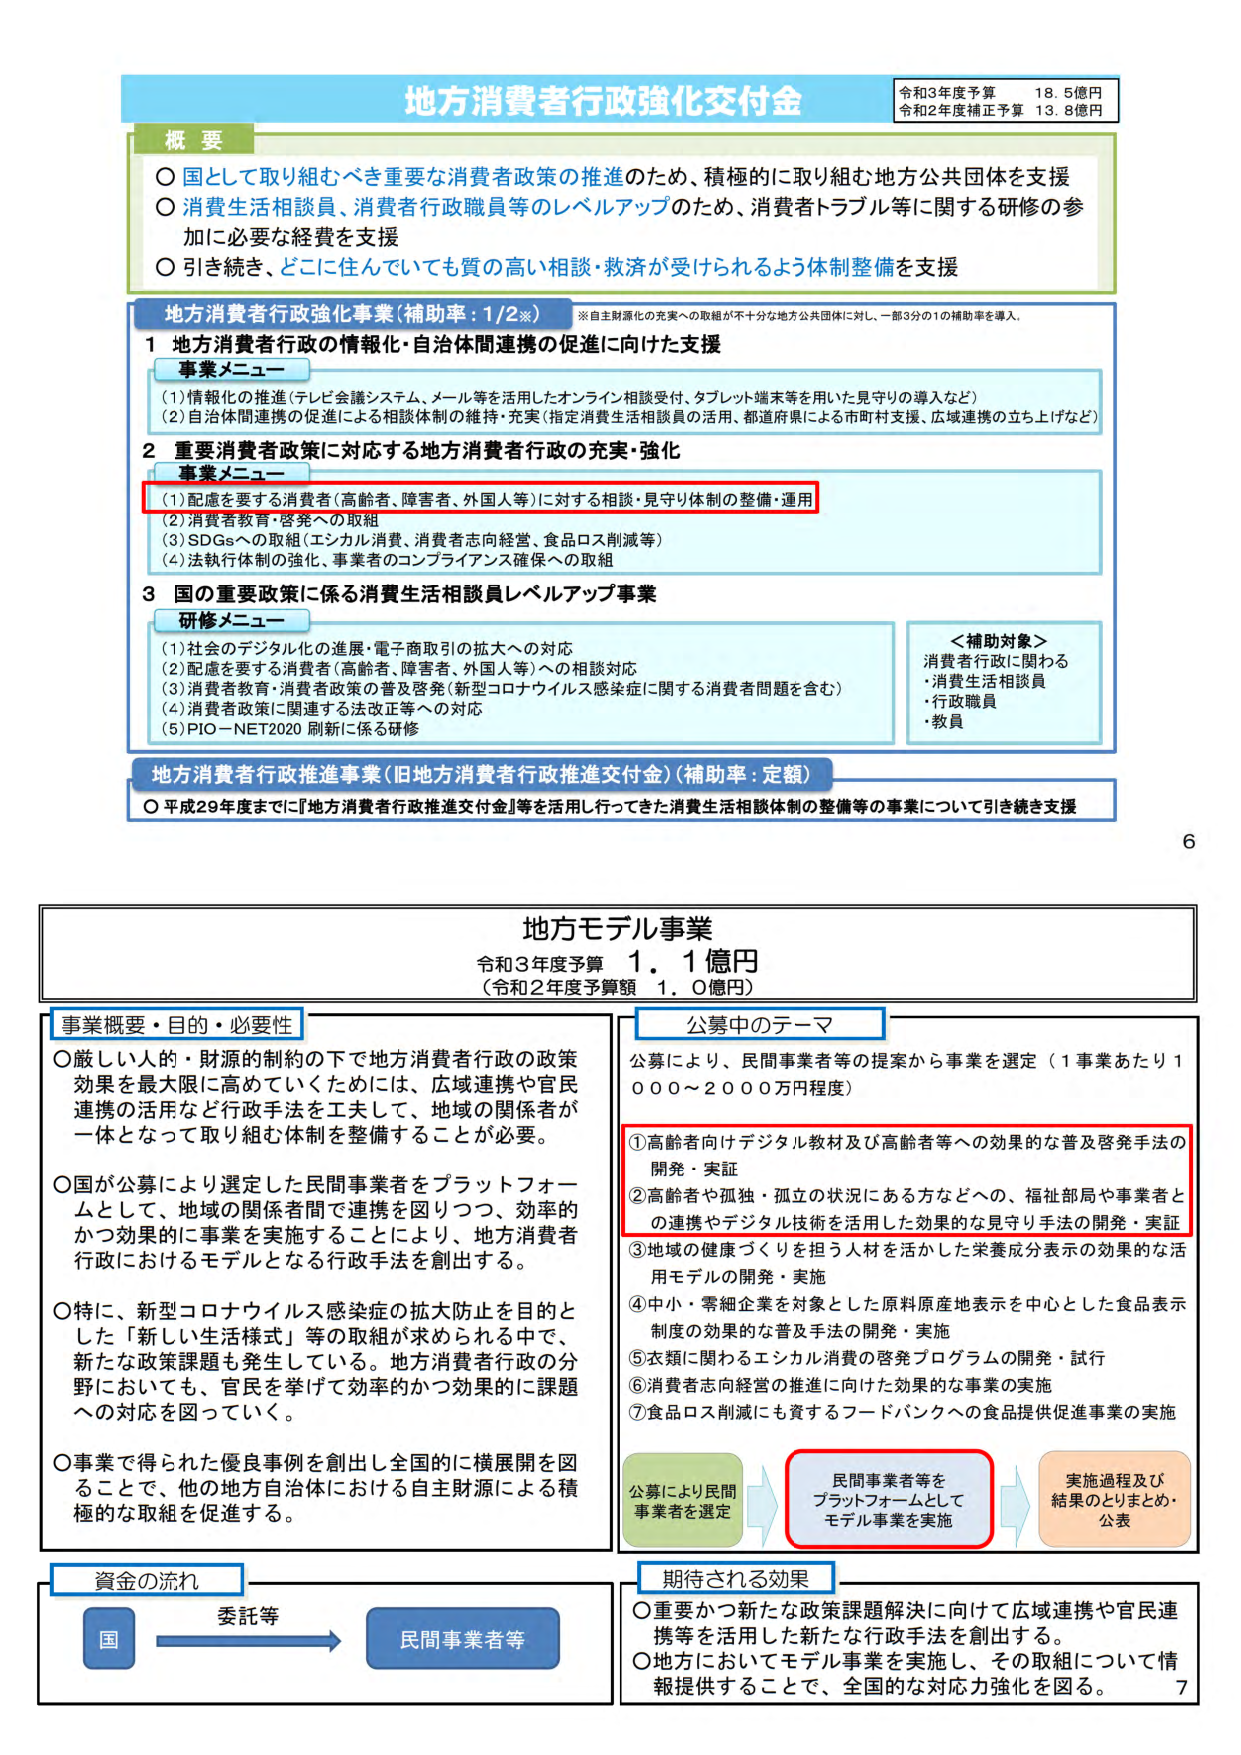
地方消費者行政強化交付金
令和3年度予算 18.5億円
令和2年度補正予算 13.8億円

概要
○国として取り組むべき重要な消費者政策の推進のため、積極的に取り組む地方公共団体を支援
○消費生活相談員、消費者行政職員等のレベルアップのため、消費者トラブル等に関する研修の参加に必要な経費を支援
○引き続き、どこに住んでいても質の高い相談・救済が受けられるよう体制整備を支援

地方消費者行政強化事業（補助率：1/2※）
※自主財源化の充実への取組が不十分な地方公共団体に対し、一部3分の1の補助率を導入。

1 地方消費者行政の情報化・自治体間連携の促進に向けた支援
事業メニュー
(1) 情報化の推進（テレビ会議システム、メール等を活用したオンライン相談受付、タブレット端末等を用いた見守りの導入など）
(2) 自治体間連携の促進による相談体制の維持・充実（指定消費生活相談員の活用、都道府県による市町村支援、広域連携の立ち上げなど）

2 重要消費者政策に対応する地方消費者行政の充実・強化
事業メニュー
(1) 配慮を要する消費者（高齢者、障害者、外国人等）に対する相談・見守り体制の整備・運用
(2) 消費者教育・啓発への取組
(3) SDGsへの取組（エシカル消費、消費者志向経営、食品ロス削減等）
(4) 法執行体制の強化、事業者のコンプライアンス確保への取組

3 国の重要政策に係る消費生活相談員レベルアップ事業
研修メニュー
(1) 社会のデジタル化の進展・電子商取引の拡大への対応
(2) 配慮を要する消費者（高齢者、障害者、外国人等）への相談対応
(3) 消費者教育・消費者政策の普及啓発（新型コロナウイルス感染症に関する消費者問題を含む）
(4) 消費者政策に関連する法改正等への対応
(5) PIO－NET2020刷新に係る研修

＜補助対象＞
消費者行政に関わる
・消費生活相談員
・行政職員
・教員

地方消費者行政推進事業（旧地方消費者行政推進交付金）（補助率：定額）
○平成29年度までに『地方消費者行政推進交付金』等を活用し行ってきた消費生活相談体制の整備等の事業について引き続き支援

6

地方モデル事業
令和3年度予算 1.1億円
（令和2年度予算額 1.0億円）

事業概要・目的・必要性
○厳しい人的・財源的制約の下で地方消費者行政の政策効果を最大限に高めていくためには、広域連携や官民連携の活用など行政手法を工夫して、地域の関係者が一体となって取り組む体制を整備することが必要。
○国が公募により選定した民間事業者をプラットフォームとして、地域の関係者間で連携を図りつつ、効率的かつ効果的に事業を実施することにより、地方消費者行政におけるモデルとなる行政手法を創出する。
○特に、新型コロナウイルス感染症の拡大防止を目的とした「新しい生活様式」等の取組が求められる中で、新たな政策課題も発生している。地方消費者行政の分野においても、官民を挙げて効率的かつ効果的に課題への対応を図っていく。
○事業で得られた優良事例を創出し全国的に横展開を図ることで、他の地方自治体における自主財源による積極的な取組を促進する。

公募中のテーマ
公募により、民間事業者等の提案から事業を選定（1事業あたり1000～2000万円程度）
①高齢者向けデジタル教材及び高齢者等への効果的な普及啓発手法の開発・実証
②高齢者や孤独・孤立の状況にある方などへの、福祉部局や事業者との連携やデジタル技術を活用した効果的な見守り手法の開発・実証
③地域の健康づくりを担う人材を活かした栄養成分表示の効果的な活用モデルの開発・実施
④中小・零細企業を対象とした原料原産地表示を中心とした食品表示制度の効果的な普及手法の開発・実施
⑤衣類に関わるエシカル消費の啓発プログラムの開発・試行
⑥消費者志向経営の推進に向けた効果的な事業の実施
⑦食品ロス削減にも資するフードバンクへの食品提供促進事業の実施

公募により民間事業者を選定 → 民間事業者等をプラットフォームとしてモデル事業を実施 → 実施過程及び結果のとりまとめ・公表

資金の流れ
国 → 委託等 → 民間事業者等

期待される効果
○重要かつ新たな政策課題解決に向けて広域連携や官民連携等を活用した新たな行政手法を創出する。
○地方においてモデル事業を実施し、その取組について情報提供することで、全国的な対応力強化を図る。

7